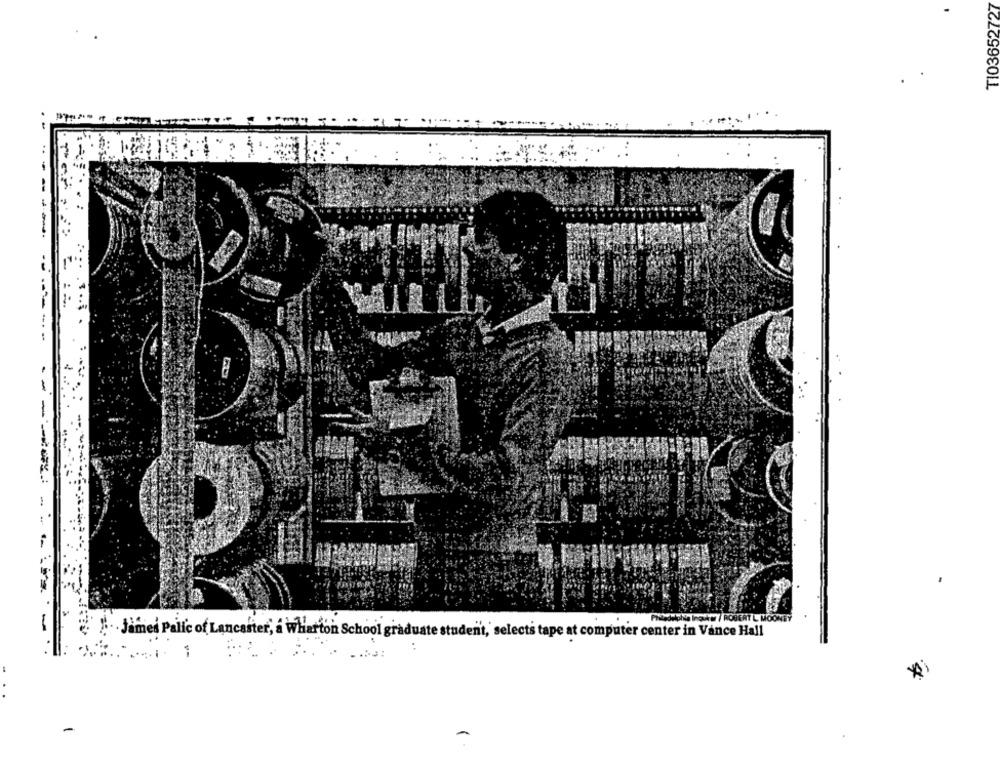
TI03652727
· Jimed Palic of Lancaster, a wharton School graduate student,' selects tape at computer center in Vance Hall
-